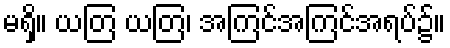
မရှိ။ ယတြ ယတြ၊ အကြင်အကြင်အရပ်၌။